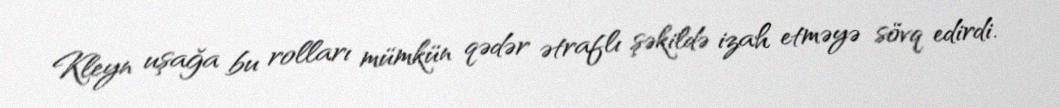
Kleyn uşağa bu rolları mümkün qədər ətraflı şəkildə izah etməyə sövq edirdi.